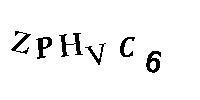
ZPHVC6